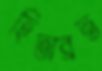
হিতাব্রত